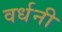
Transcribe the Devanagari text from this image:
वर्धनी